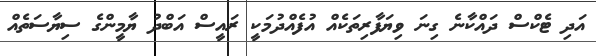
އަދި ޓެކްސް ދައްކާނެ ގިނަ ވިޔަފާރިތަކެއް އުފެއްދުމަކީ ރައީސް އަބްދު ޔާމީންގެ ސިޔާސަތެއް